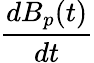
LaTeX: \frac{dB_{p}(t)}{dt}